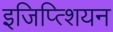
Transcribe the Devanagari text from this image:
इजिप्त्शियन